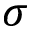
\sigma